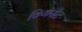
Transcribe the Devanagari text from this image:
वियासैट